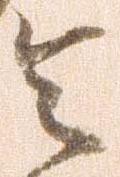
令